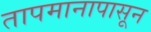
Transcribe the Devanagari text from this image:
तापमानापासून